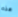
هذه